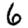
Digit: 6